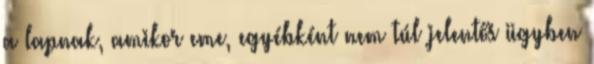
a lapnak, amikor eme, egyébként nem túl jelentős ügyben